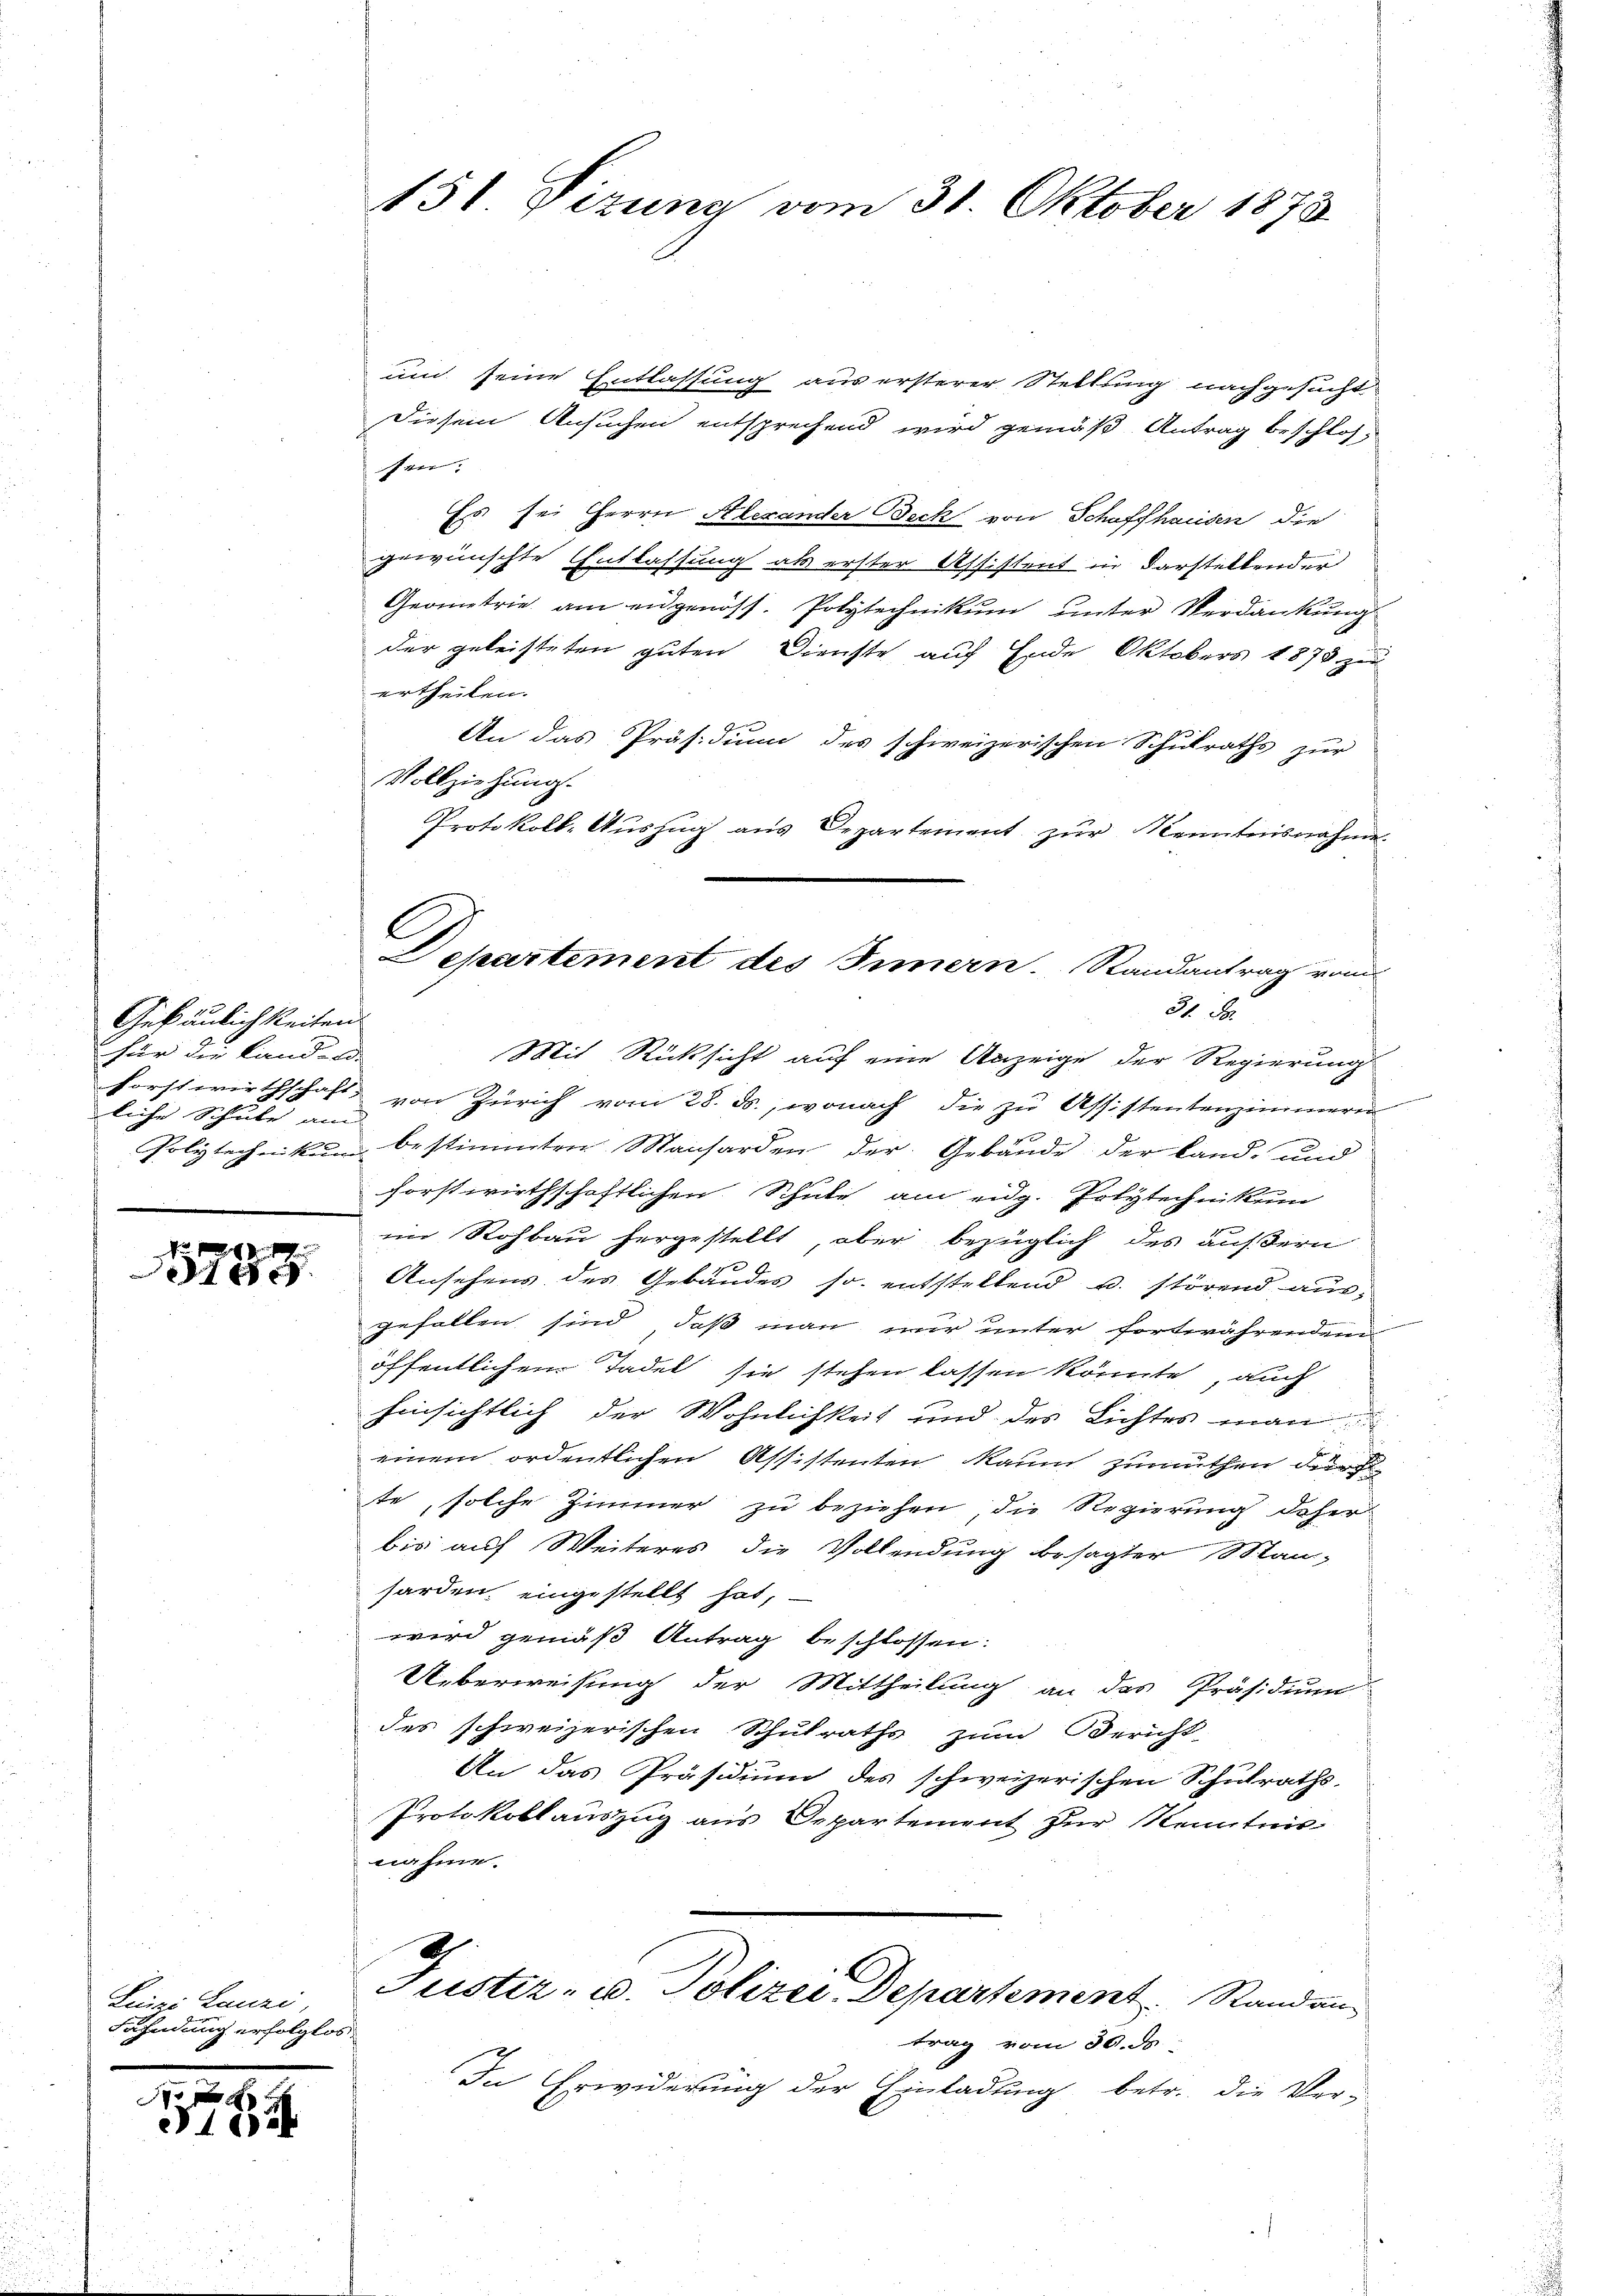
Gebäulichkeiten
für die Landen.
Forstwirthschaft,
liche Schule am

Linai Lanzi,
Fahndung erfolglos

1ff 20
164

und seine Entlassung aus ersterer Stellung nachgesucht
Diesem Ansuchen entsprechend wird gemäß Antrag beschlossen.
Es sei Herrn Alexander Deck von Schaffhausen die
gewünschte Entlassung als erster Affistent in darstellender
Geometrie am eidgenöss. Polytechnikum unter Verdankung
der geleisteten guten Dienste auf Ende Oktobers 1873 zu
ertheilen.
An das Präsidium des schweizerischen Schulraths zur
Vollziehung.
Protokoll-Auszug aus Departement zur Kenntnisnahme
l

151 Sizung vom 31. Oktober 1873.

Departement des Innern. Randantrag vom
31. d.

Mit Rücksicht auf eine Anzeige der Regierungs
von Zürich vom 28. ds., wonach die zu Assistentenzimmern
Polytechnikum bestimmten Manharden der Gebäude der Land- und
forstwirthschaftlichen Schule am eidg. Polytechnikum
im Rohbau hergestellt aber bezüglich des äußern
Ansehens des Gebäudes so entstellend u. störend aus
gefallen sind, daß man mir unter fortwährenden
öffentlichen Tadel sie stehen lassen könnte, auch
hinsichtlich der Wohnlichkeit und des Lichtes man
einem ordentlichen Assistenten Raum zumuthen durc
te, solche Zimmer zu beziehen, die Regierung daher
bis auf Weiteres die Vollendung besagter Mansarden, eingestellt hat,
wird gemäß Antrag beschlossen:
Ueberweisung der Mittheilung an das Präsidium
des schweizerischen Schulraths zum Bericht
An das Präsidium des schweizerischen Schulraths-
Protokollauszug aus Departement zur Kenntnisnahme.
Justiz- u. Polizei Departement. Standen
trag vom 30. ds
In Erwiderung der Einladung betr. die Ver-